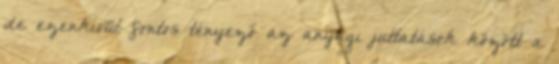
de ezenkívül fontos tényező az anyagi juttatások között a